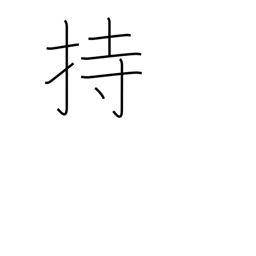
Meaning: have